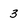
Character: 3